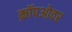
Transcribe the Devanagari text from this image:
क्रॉपओवर